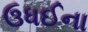
ઉધઈના